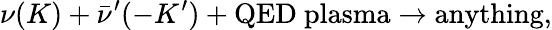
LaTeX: \nu(K)+\bar{\nu}^{\prime}(-K^{\prime})+\mathrm{QED~plasma}\to\mathrm{anything},